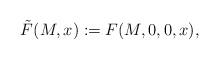
LaTeX: \begin{align*}\tilde{F}(M,x):=F(M,0,0,x),\end{align*}